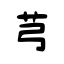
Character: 芎